画像に写った文字を読んでください
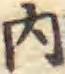
「内」と書いてあります